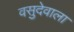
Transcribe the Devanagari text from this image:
वसुदेवाला